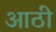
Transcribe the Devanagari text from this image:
आठी